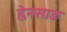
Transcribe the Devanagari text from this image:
ह्वेनसाङ